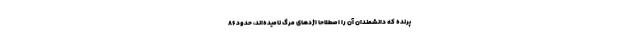
پرنده که دانشمندان آن را اصطلاحا اژد‌های مرگ نامیده‌اند، حدود ۸۶